Report of the Municipal Commissioner on the plague in Bombay for the year ending 31st May... - Volume 3
Disease focus: Plague
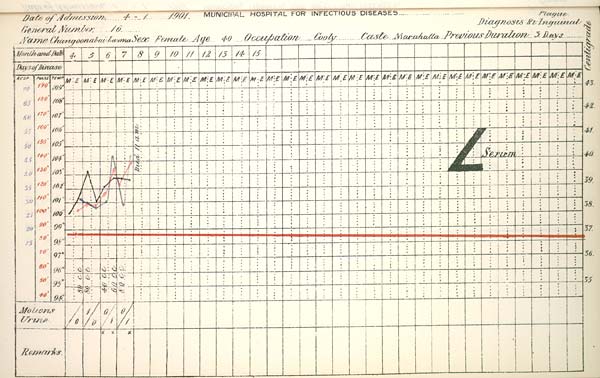
Date
of
Admission
1901
MUNICIPAL
HOSPITAL
FOR
INFECTIOUS
DISEASES.
General
Number
Diagnosis
Name
Sex
Age
Occupation
Caste
Previous
Duration